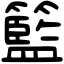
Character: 籃